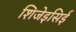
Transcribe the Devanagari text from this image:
शिजेइसिई